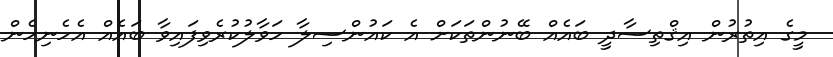
މީގެ އިތުރުން އިޤްތިސާދީ ބައެއް ބޭނުންތަކަށް އެ ކައުންސިލާ ހަވާލުކުރެވިިފައިވާ ބައެއް އެހެނިހެން